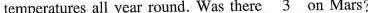
temperatures all year round. Was there \underline{3} on Mars?